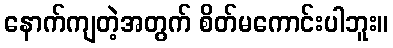
နောက်ကျတဲ့အတွက် စိတ်မကောင်းပါဘူး။